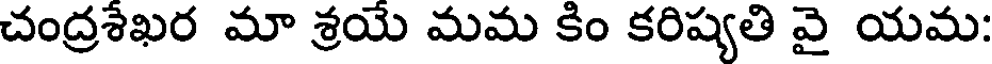
చంద్రశేఖర మా శ్రయే మమ కిం కరిష్యతి వై యమ: